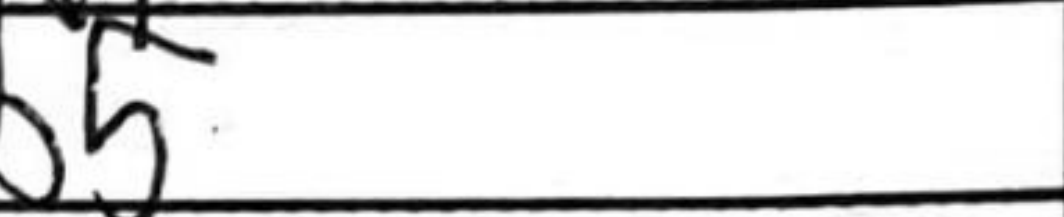
Transcription: b5